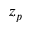
z _ { p }